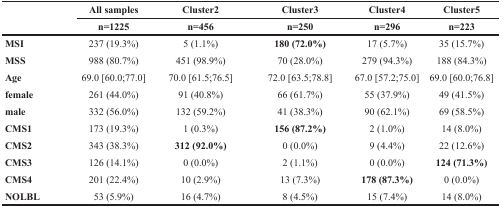
| <ROWSPAN=2>  | All samples | Cluster2 | Cluster3 | Cluster4 | Cluster5 |
 | n=1225 | n=456 | n=250 | n=296 | n=223 |
 | --- | --- | --- | --- | --- | --- |
 | MSI | 237 (19.3%) | 5 (1.1%) | 180 (72.0%) | 17 (5.7%) | 35 (15.7%) |
 | MSS | 988 (80.7%) | 451 (98.9%) | 70 (28.0%) | 279 (94.3%) | 188 (84.3%) |
 | Age | 69.0 [60.0;77.0] | 70.0 [61.5;76.5] | 72.0 [63.5;78.8] | 67.0 [57.2;75.0] | 69.0 [60.0;76.8] |
 | female | 261 (44.0%) | 91 (40.8%) | 66 (61.7%) | 55 (37.9%) | 49 (41.5%) |
 | male | 332 (56.0%) | 132 (59.2%) | 41 (38.3%) | 90 (62.1%) | 69 (58.5%) |
 | CMS1 | 173 (19.3%) | 1 (0.3%) | 156 (87.2%) | 2 (1.0%) | 14 (8.0%) |
 | CMS2 | 343 (38.3%) | 312 (92.0%) | 0 (0.0%) | 9 (4.4%) | 22 (12.6%) |
 | CMS3 | 126 (14.1%) | 0 (0.0%) | 2 (1.1%) | 0 (0.0%) | 124 (71.3%) |
 | CMS4 | 201 (22.4%) | 10 (2.9%) | 13 (7.3%) | 178 (87.3%) | 0 (0.0%) |
 | NOLBL | 53 (5.9%) | 16 (4.7%) | 8 (4.5%) | 15 (7.4%) | 14 (8.0%) |